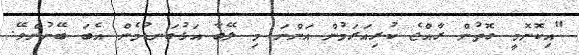
"އިކޮނޮމީ ގޮތުން ރާއްޖެ ކުރިއަރަމުން އަންނަ މި ލޭބާ އަޅުގަނޑުމެން އެބަ ބޭނުންވޭ.